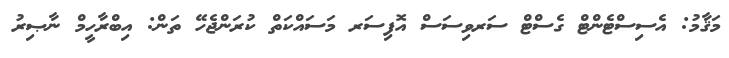
މަޤާމު: އެސިސްޓެންޓް ގެސްޓް ސަރވިސަސް އޮފިސަރ މަސައްކަތް ކުރަންޖެހޭ ތަން: އިބްރާހީމް ނާޞިރު